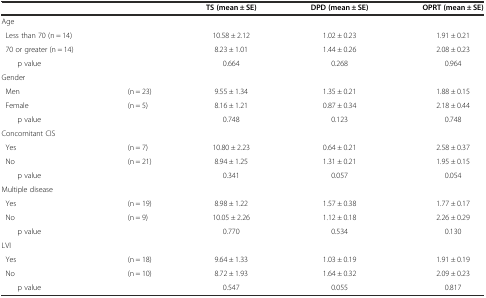
<table><thead><tr><td colspan="2"></td><td><b>TS (mean ± SE)</b></td><td><b>DPD (mean ± SE)</b></td><td><b>OPRT (mean ± SE)</b></td></tr></thead><tbody><tr><td>Age</td><td></td><td></td><td></td><td></td></tr><tr><td> Less than 70 (n = 14)</td><td></td><td>10.58 ± 2.12</td><td>1.02 ± 0.23</td><td>1.91 ± 0.21</td></tr><tr><td> 70 or greater (n = 14)</td><td></td><td>8.23 ± 1.01</td><td>1.44 ± 0.26</td><td>2.08 ± 0.23</td></tr><tr><td>p value</td><td></td><td>0.664</td><td>0.268</td><td>0.964</td></tr><tr><td>Gender</td><td></td><td></td><td></td><td></td></tr><tr><td> Men</td><td>(n = 23)</td><td>9.55 ± 1.34</td><td>1.35 ± 0.21</td><td>1.88 ± 0.15</td></tr><tr><td> Female</td><td>(n = 5)</td><td>8.16 ± 1.21</td><td>0.87 ± 0.34</td><td>2.18 ± 0.44</td></tr><tr><td>p value</td><td></td><td>0.748</td><td>0.123</td><td>0.748</td></tr><tr><td>Concomitant CIS</td><td></td><td></td><td></td><td></td></tr><tr><td> Yes</td><td>(n = 7)</td><td>10.80 ± 2.23</td><td>0.64 ± 0.21</td><td>2.58 ± 0.37</td></tr><tr><td> No</td><td>(n = 21)</td><td>8.94 ± 1.25</td><td>1.31 ± 0.21</td><td>1.95 ± 0.15</td></tr><tr><td>p value</td><td></td><td>0.341</td><td>0.057</td><td>0.054</td></tr><tr><td>Multiple disease</td><td></td><td></td><td></td><td></td></tr><tr><td> Yes</td><td>(n = 19)</td><td>8.98 ± 1.22</td><td>1.57 ± 0.38</td><td>1.77 ± 0.17</td></tr><tr><td> No</td><td>(n = 9)</td><td>10.05 ± 2.26</td><td>1.12 ± 0.18</td><td>2.26 ± 0.29</td></tr><tr><td>p value</td><td></td><td>0.770</td><td>0.534</td><td>0.130</td></tr><tr><td>LVI</td><td></td><td></td><td></td><td></td></tr><tr><td> Yes</td><td>(n = 18)</td><td>9.64 ± 1.33</td><td>1.03 ± 0.19</td><td>1.91 ± 0.19</td></tr><tr><td> No</td><td>(n = 10)</td><td>8.72 ± 1.93</td><td>1.64 ± 0.32</td><td>2.09 ± 0.23</td></tr><tr><td>p value</td><td></td><td>0.547</td><td>0.055</td><td>0.817</td></tr></tbody></table>